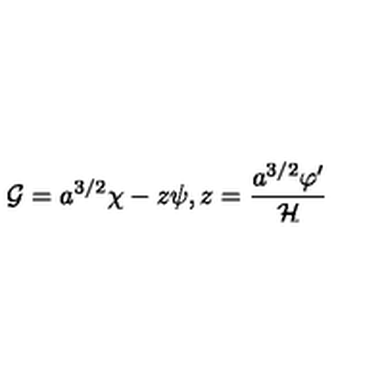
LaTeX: { \cal G } = a ^ { 3 / 2 } \chi - z \psi , z = \frac { a ^ { 3 / 2 } \varphi ^ { \prime } } { { \cal H } }